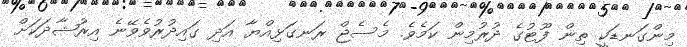
މިންގަނޑަކީ ތިން ފޫޓުގެ ދުރުމިން ކަމެވެ. މެސެޖް ރަނގަޅިއްޔާ އަދި ގައިދުރުވެވޭނެ އިރުޝާދަކަށް